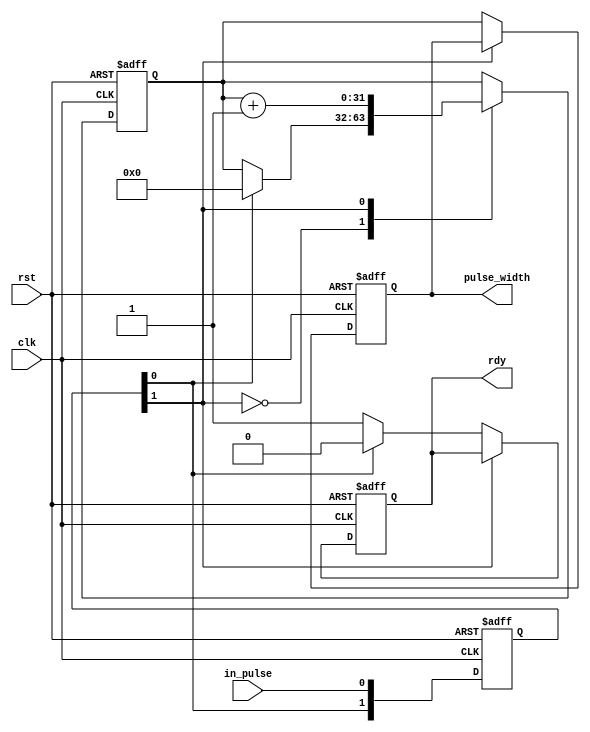
`timescale 1ns / 1ps
//////////////////////////////////////////////////////////////////////////////////
// Company: 
// 
// Design Name: 
// Module Name: ECHO
// Project Name: 
// Target Devices: 
// Tool Versions: 
// Description: 
// 
// Dependencies: 
// 
// Revision:
// Revision 0.01 - File Created
// Additional Comments:
// 
//////////////////////////////////////////////////////////////////////////////////


module ECHO #
	(
		parameter 		LENGTH		=	32
	)
	
	(
		input								in_pulse,
		input 								clk,
		input								rst,

		output wire 						rdy,
		output wire 	[LENGTH-1:0] 		pulse_width
    );

	reg			[1:0]				isync;
	reg			[LENGTH-1:0]		pw_cnt;
	reg			[LENGTH-1:0]		pw_save;
	reg								pw_rdy;

	assign 							rdy 	=		pw_rdy;
	assign 							pulse_width	=	pw_save;
	
	always @ (posedge clk or negedge rst) begin
		if (~rst)
			isync 		<=		0;
		else
			isync 		<=		{isync[0],in_pulse};
	end

	always @ (posedge clk or negedge rst) begin
		if (~rst) begin
			pw_cnt 		<=		0;
			pw_save		<=		0;
			pw_rdy		<=		0;
		end
		else begin
			case (isync[1])
				1'b0: begin
					pw_save		<=		pw_cnt;
					pw_rdy 		<=		1;
				if (isync[0]	==	1) begin
					pw_cnt		<=		0;
					pw_rdy		<=		0;
				end
				end
				1'b1: begin
					pw_cnt		<=		pw_cnt + 1'b1;
				end
			endcase
		end
	end
 
endmodule